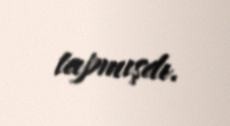
tapmışdı.